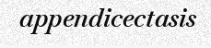
appendicectasis